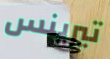
تيرينس